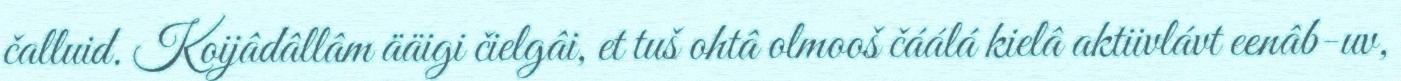
čalluid. Koijâdâllâm ääigi čielgâi, et tuš ohtâ olmooš čáálá kielâ aktiivlávt eenâb-uv,